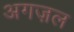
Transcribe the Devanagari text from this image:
अगज़ल